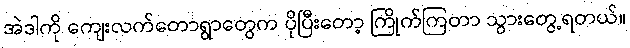
အဲဒါကို ကျေးလက်တောရွာတွေက ပိုပြီးတော့ ကြိုက်ကြတာ သွားတွေ့ရတယ်။